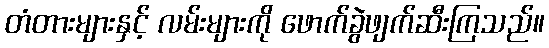
တံတားများနှင့် လမ်းများကို ဖောက်ခွဲဖျက်ဆီးကြသည်။